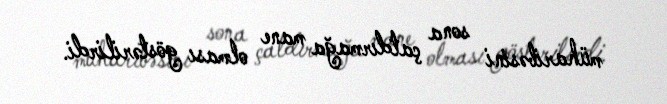
müharibəsini sona çatdırmağa mane olması göstərilirdi.